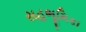
સહભૂમિકા